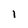
Character: l